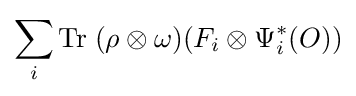
\sum _{i}\operatorname {Tr} \;(\rho \otimes \omega )(F_{i}\otimes \Psi _{i}^{*}(O))